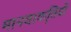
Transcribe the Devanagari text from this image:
मानवाकृतियों